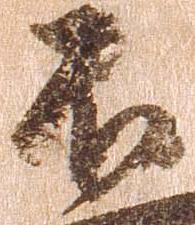
不